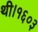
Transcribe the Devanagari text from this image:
थी।१६०३